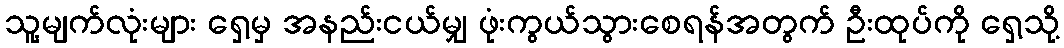
သူ့မျက်လုံးများ ရှေ့မှ အနည်းငယ်မျှ ဖုံးကွယ်သွားစေရန်အတွက် ဦးထုပ်ကို ရှေ့သို့